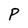
Character: P